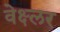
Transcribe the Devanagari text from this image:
वेक्ष्लर